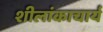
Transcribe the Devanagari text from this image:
शीलांकाचार्य